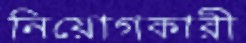
নিয়োগকারী